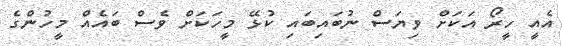
އެއީ ހީރޯ އަކަށް ވިޔަސް ނުބައިބައި ކުޅޭ މީހަކަށް ވެސް ބައެއް މީހުންގެ